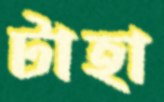
টাহা